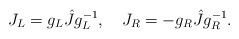
\begin{align*}J_L=g_L\hat{J}g_L^{-1},\quad J_R=-g_R\hat{J}g_R^{-1}.\end{align*}